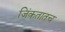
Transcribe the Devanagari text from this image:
जिंकतातच